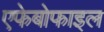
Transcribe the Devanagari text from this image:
एफेबोफाइल